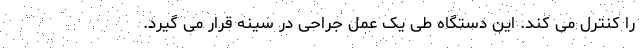
را کنترل می کند. این دستگاه طی یک عمل جراحی در سینه قرار می گیرد.